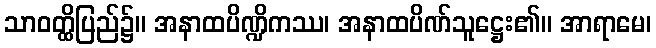
သာဝတ္ထိပြည်၌။ အနာထပိဏ္ဍိကဿ၊ အနာထပိဏ်သူဋ္ဌေး၏။ အာရာမေ၊